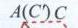
\(A(C')C\)